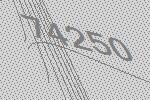
74250